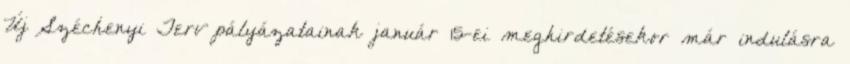
Új Széchenyi Terv pályázatainak január 15-ei meghirdetésekor már indulásra